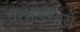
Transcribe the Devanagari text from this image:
प्रताड़नायें